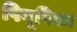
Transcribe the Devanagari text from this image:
पियूषिका